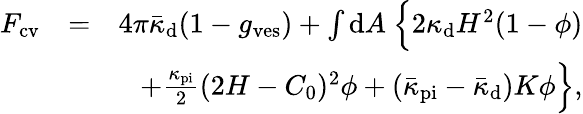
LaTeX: \begin{array}{rlr}{F_{\mathrm{cv}}}&{=}&{4\pi\bar{\kappa}_{\mathrm{d}}(1-g_{\mathrm{ves}})+\int{\mathrm{d}}A\ \Big\{ 2\kappa_{\mathrm{d}}H^{2}(1-\phi)}\\ &{}&{+\frac{\kappa_{\mathrm{pi}}}{2}(2H-C_{0})^{2}\phi+(\bar{\kappa}_{\mathrm{pi}}-\bar{\kappa}_{\mathrm{d}})K\phi\Big\} ,}\end{array}